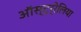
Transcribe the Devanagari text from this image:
ऑस्ट्र्रेलिया